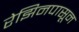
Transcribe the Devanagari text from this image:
रेझिनपासून